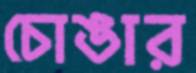
চোঙার